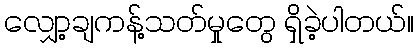
လျှော့ချကန့်သတ်မှုတွေ ရှိခဲ့ပါတယ်။